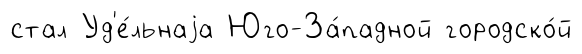
стал Уд'е́льнаjа Юго-За́падной городско́й